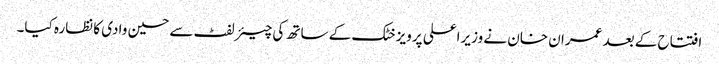
افتتاح کے بعد عمران خان نے وزیراعلی پرویز خٹک کے ساتھ کی چیئرلفٹ سے حسین وادی کا نظارہ کیا۔